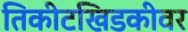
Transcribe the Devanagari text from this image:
तिकीटखिडकीवर